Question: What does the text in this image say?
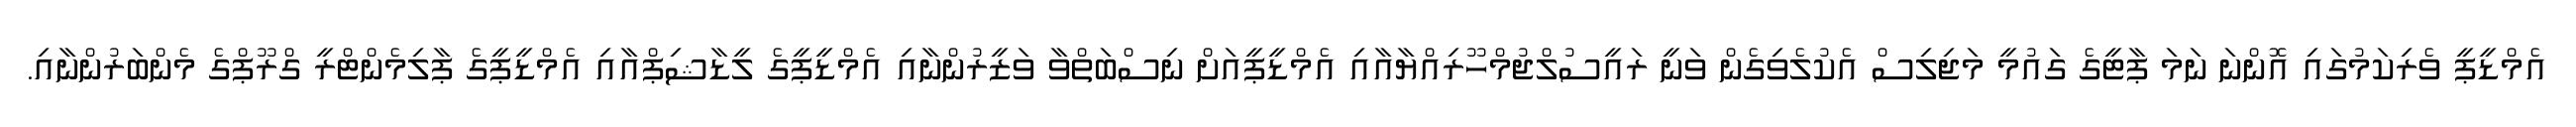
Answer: އެމްޑީޕީ ވެރިކަމުގައި އޮންނަ ނަމަ ޕާޓީގެ ގައުމީ މަޖިލިސް އެކުލެވިގެން ވަނީ ރައީސުލްޖުމްހޫރިއްޔާއާއި އެމްޑީޕީއަށް ނިސްބަތްވާ ވަޒީރުންނާއި އެމްޑީޕީގެ ލީޑާޝިޕްއާއި އެމްޑީޕީގެ ޕާލިމެންޓްރީ ގްރޫޕްގެ މެންބަރުންނާއި.